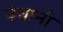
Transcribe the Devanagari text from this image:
पंचानो